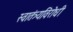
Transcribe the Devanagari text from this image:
स्वातंत्र्यविरोधी